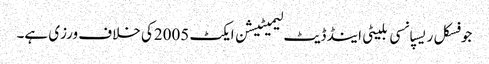
جو فسکل ریسپانسی بلیٹی اینڈ ڈیٹ لیمیٹیشن ایکٹ 2005کی خلاف ورزی ہے۔